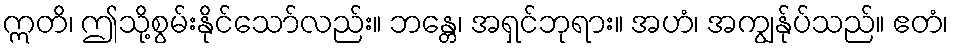
ဣတိ၊ ဤသို့စွမ်းနိုင်သော်လည်း။ ဘန္တေ၊ အရှင်ဘုရား။ အဟံ၊ အကျွန်ုပ်သည်။ ဧတံ၊